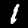
Digit: 1